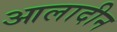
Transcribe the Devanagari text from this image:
आलादीन